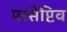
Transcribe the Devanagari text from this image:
परसेप्टिव